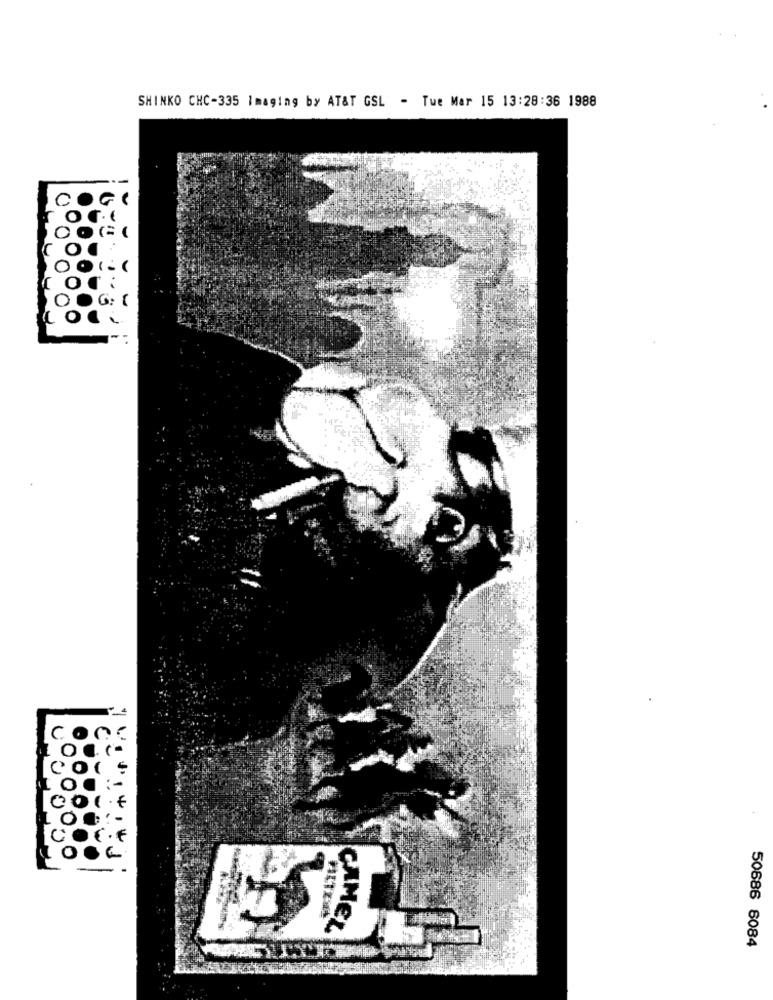
SHINKO CHC-335 Imaging by AT&T GSL - Tue Mar 15 13:28:36 1988
. (
CAMEL
50686 6084